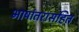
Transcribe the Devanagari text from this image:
भाषांतरासहित